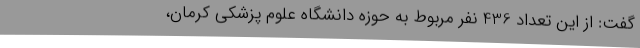
گفت: از این تعداد 436 نفر مربوط به حوزه دانشگاه علوم پزشکی کرمان،